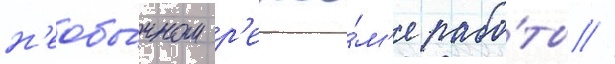
н'еобы́чном р'ежи́м'е рабо́ты //